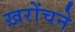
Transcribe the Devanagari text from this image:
ख़रोंचने